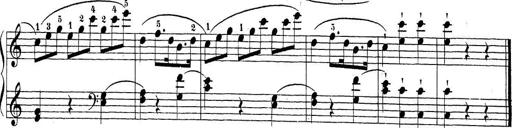
Title: Sonatina Album
Composer: Louis KÃ¶hler